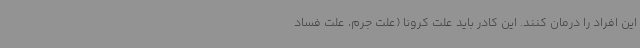
این افراد را درمان کنند. این کادر باید علت کرونا (علت جرم، علت فساد